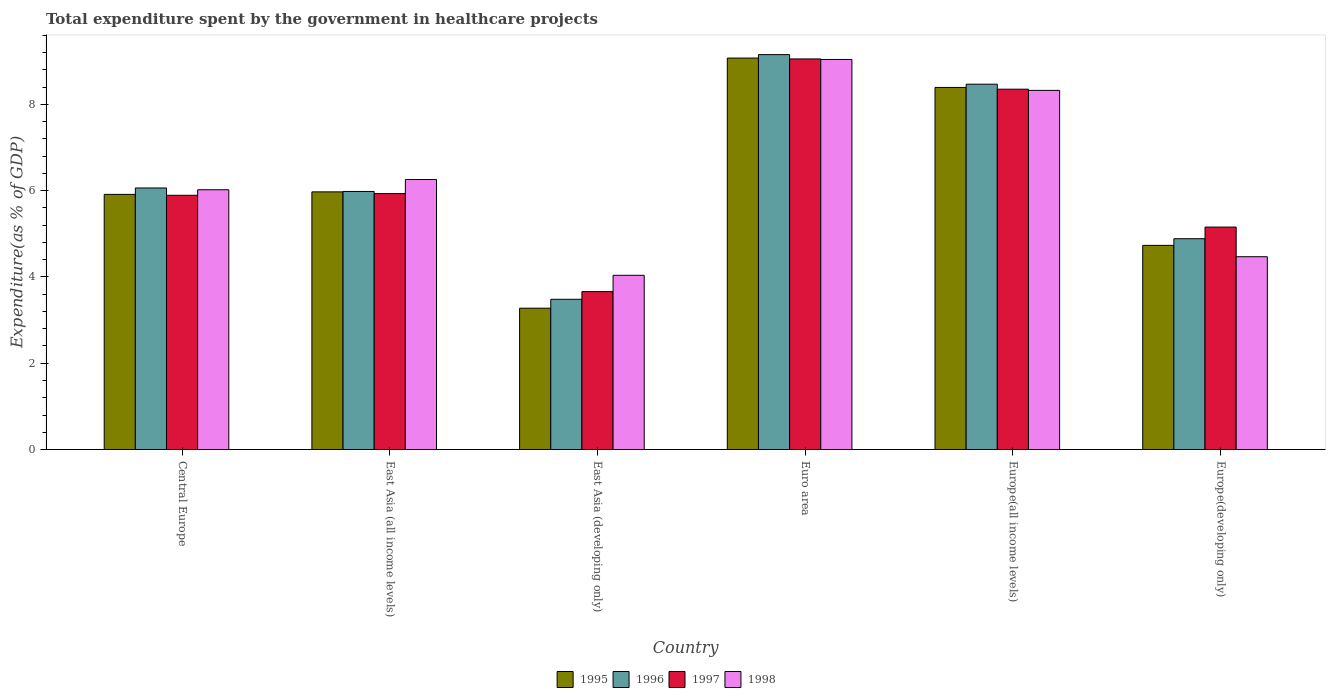
| Country | 1995 | 1996 | 1997 | 1998 |
 | --- | --- | --- | --- | --- |
 | Central Europe | 5.92 | 6.06 | 5.89 | 6.02 |
 | East Asia (all income levels) | 5.97 | 5.98 | 5.93 | 6.26 |
 | East Asia (developing only) | 3.28 | 3.48 | 3.66 | 4.04 |
 | Euro area | 9.08 | 9.16 | 9.06 | 9.04 |
 | Europe(all income levels) | 8.39 | 8.47 | 8.35 | 8.33 |
 | Europe(developing only) | 4.73 | 4.89 | 5.16 | 4.47 |